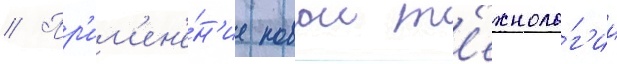
// Пр'им'ен'е́н'ие новои т'ехноло́г'ии